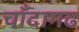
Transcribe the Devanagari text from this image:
चाँदागढ